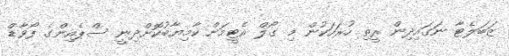
ޒަބަލެޓާ ނަގައިދިން ރީތި ހުރަހަކުން މި ގޯލް އެޓީމަށް ކާމިޔާބުކޮށްދިނީ ސްޕެއިންގެ ފޯވާޑް